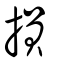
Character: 損